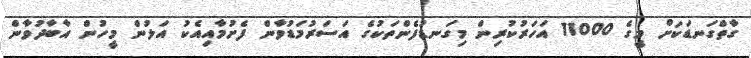
ގާތްގަނޑަކަށް މީގެ 11000 އަހަރުކުރިން މިގަނޑުފެންތަކުގެ އަސަރުމަޑުވާން ފެށުމާއިއެކު އަލުން މީހުން އާބާދުވާން